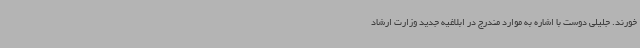
‌خورند. جلیلی دوست با اشاره به موارد مندرج در ابلاغیه جدید وزارت ارشاد